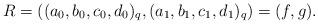
LaTeX: \begin{align*}R = ((a_0,b_0,c_0,d_0)_q,(a_1,b_1,c_1,d_1)_q) = (f,g).\end{align*}